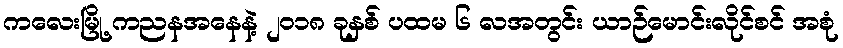
ကလေးမြို့ ကညနအနေနဲ့ ၂ဝ၁၈ ခုနှစ် ပထမ ၆ လအတွင်း ယာဉ်မောင်းလိုင်စင် အစုံ